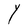
Character: Y